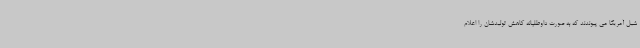
شیل آمریکا می پیوندند که به صورت داوطلبانه کاهش تولیدشان را اعلام